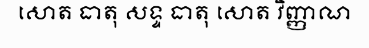
សោត ធាតុ សទ្ទ ធាតុ សោត វិញ្ញាណ